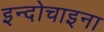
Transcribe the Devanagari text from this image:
इन्दोचाइना